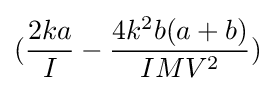
({\frac {2ka}{I}}-{\frac {4k^{2}b(a+b)}{IMV^{2}}})